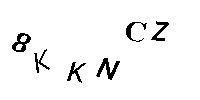
8KKNCZ